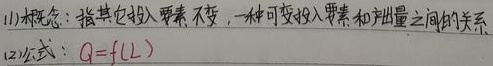
(1)概念：指其它投入要素不变，一种可变投入要素和产出量之间的关系
(2)公式：$Q = f(L)$